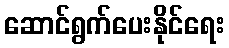
ဆောင်ရွက်ပေးနိုင်ရေး